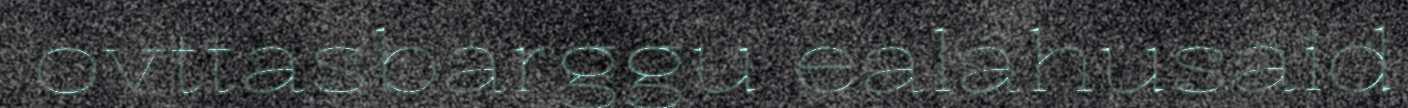
ovttasbarggu ealáhusaid